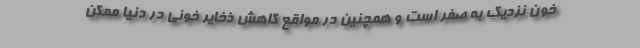
خون نزدیک به صفر است و همچنین در مواقع کاهش ذخایر خونی در دنیا ممکن